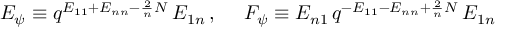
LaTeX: E _ { \psi } \equiv q ^ { E _ { 1 1 } + E _ { n n } - \frac { 2 } { n } N } \, E _ { 1 n } \, , ~ ~ ~ ~ F _ { \psi } \equiv E _ { n 1 } \, q ^ { - E _ { 1 1 } - E _ { n n } + \frac { 2 } { n } N } \, E _ { 1 n }